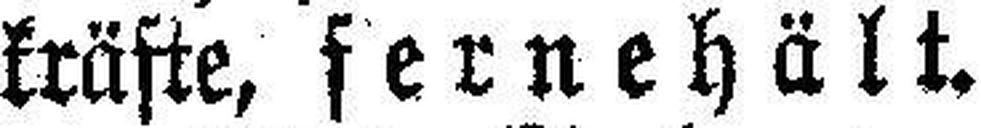
kräfte, fernehält.